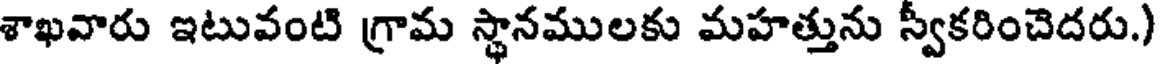
శాఖవారు ఇటువంటి గ్రామ స్థానములకు మహత్తును స్వీకరించెదరు.)